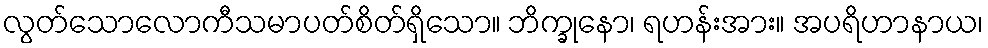
လွတ်သောလောကီသမာပတ်စိတ်ရှိသော။ ဘိက္ခုနော၊ ရဟန်းအား။ အပရိဟာနာယ၊